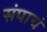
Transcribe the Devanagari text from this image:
संपाचं